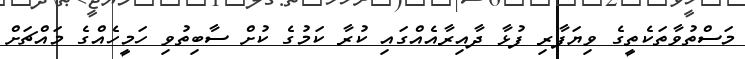
މަސްތުވާތަކެތީގެ ވިޔަފާރި ފުޅާ ދާއިރާއެއްގައި ކުރާ ކަމުގެ ކުށް ސާބިތުވި ހަމީހެއްގެ މައްޗަށް